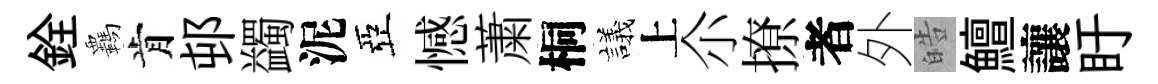
銓覊肯邨蠲泥亞憾䔥桐議上尒撩者外皓鱣讓盱